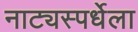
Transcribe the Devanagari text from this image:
नाट्यस्पर्धेला